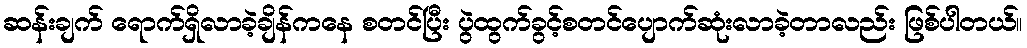
ဆန်းချက် ရောက်ရှိလာခဲ့ချိန်ကနေ စတင်ပြီး ပွဲထွက်ခွင့်စတင်ပျောက်ဆုံးလာခဲ့တာလည်း ဖြစ်ပါတယ်။